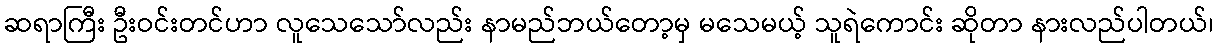
ဆရာကြီး ဦးဝင်းတင်ဟာ လူသေသော်လည်း နာမည်ဘယ်တော့မှ မသေမယ့် သူရဲကောင်း ဆိုတာ နားလည်ပါတယ်၊